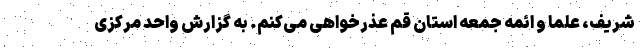
شریف، علما و ائمه جمعه استان قم عذرخواهی می‌کنم. به گزارش واحد مرکزی